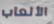
الألعاب